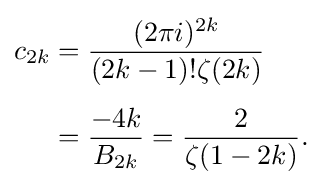
{\begin{aligned}c_{2k}&={\frac {(2\pi i)^{2k}}{(2k-1)!\zeta (2k)}}\\[4pt]&={\frac {-4k}{B_{2k}}}={\frac {2}{\zeta (1-2k)}}.\end{aligned}}